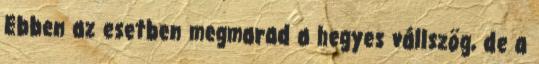
Ebben az esetben megmarad a hegyes vállszög, de a